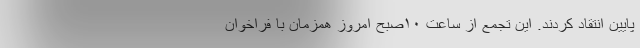
پایین انتقاد کردند. این تجمع از ساعت ۱۰صبح امروز همزمان با فراخوان